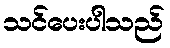
သင်ပေးပါသည်